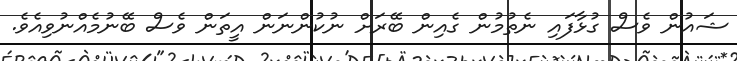
ޝައުން ވެސް ގުޅާފައި ނެތުމުން ގެއިން ބޭރަށް ނުކުންނަން އީތަން ވެސް ބޭނުމެއްނުވިއެވެ.